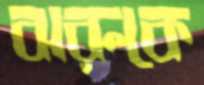
ঝরুকে